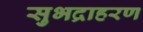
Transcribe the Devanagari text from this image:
सुभद्राहरण